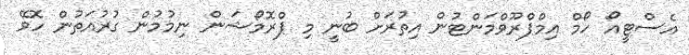
އެސްޓީއޯ ހޯމް އިމްޕްރޫވްމަންޓުން އިތުރަށް ބުނީ މި ޕްރޮމޯޝަން ނިމުމުން ގުރުއަތުން ހޮވޭ